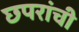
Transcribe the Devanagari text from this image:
छपरांची